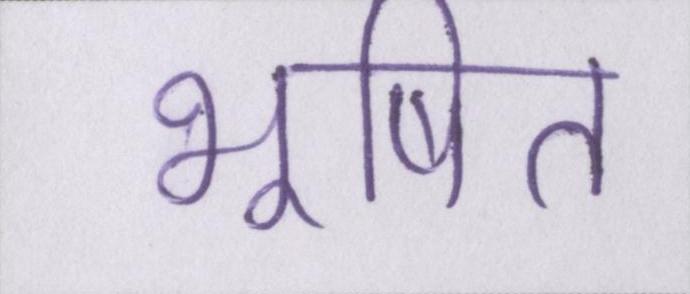
भूषित